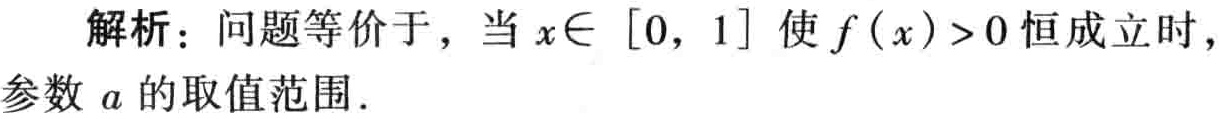
解析：问题等价于，当\(x\in [0, 1]\)使\(f(x)>0\)恒成立时，参数\(a\)的取值范围.